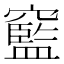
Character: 䆾